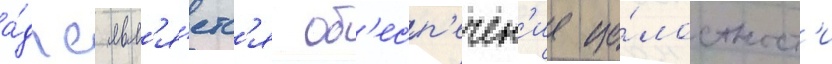
а́дпс явл'я́етс'я об'есп'ечен'ие це́лостност'и